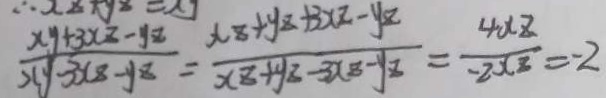
\frac { x y + 3 x z - y z } { x y - 3 x ( z - y ) z } = \frac { x _ { z } + y _ { z } + 3 x z - y _ { z } } { x _ { 8 } + y _ { z } - 3 x 8 - y _ { z } } = \frac { 4 x z } { - 2 x z } = - 2